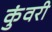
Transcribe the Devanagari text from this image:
कुंवरी